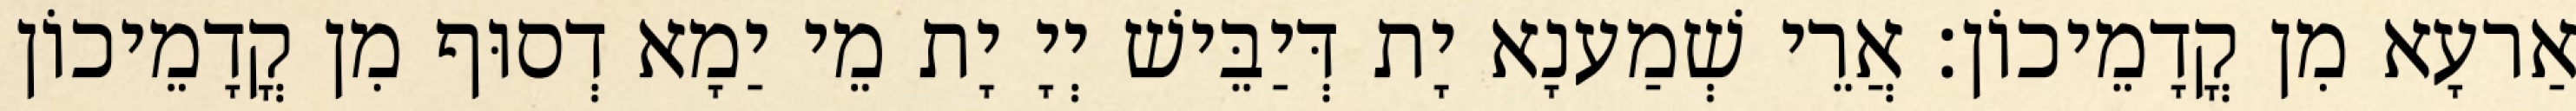
אַרעָא מִן קֳדָמֵיכוֹן׃ אֲרֵי שְׁמַענָא יָת דְּיַבֵּישׁ יְיָ יָת מֵי יַמָא דְסוּף מִן קֳדָמֵיכוֹן